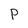
Character: p